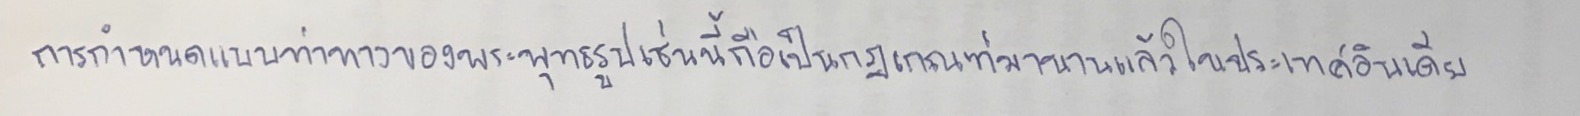
การกำหนดแบบท่าทางของพระพุทธรูปเช่นนี้ถือเป็นกฎเกณฑ์มานานแล้วในประเทศอินเดีย